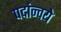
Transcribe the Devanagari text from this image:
पदांन्वये